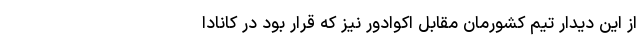
از این دیدار تیم‌ کشورمان مقابل اکوادور نیز که قرار بود در کانادا